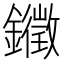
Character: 𮣚